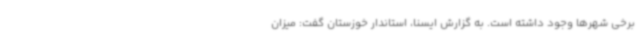
برخی شهرها وجود داشته است. به گزارش ایسنا، استاندار خوزستان گفت: میزان